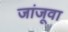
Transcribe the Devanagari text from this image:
जांजूवा